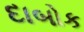
દાબોક